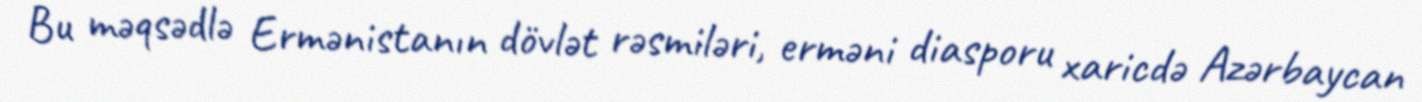
Bu məqsədlə Ermənistanın dövlət rəsmiləri, erməni diasporu xaricdə Azərbaycan